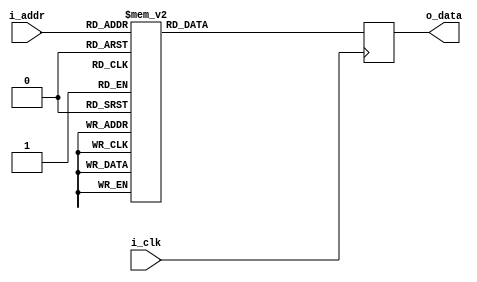
/*  
Copyright 2019 XCrypt Studio                
																	 
Licensed under the Apache License, Version 2.0 (the "License");         
you may not use this file except in compliance with the License.        
You may obtain a copy of the License at                                 
																	 
 http://www.apache.org/licenses/LICENSE-2.0                          
																	 
Unless required by applicable law or agreed to in writing, software    
distributed under the License is distributed on an "AS IS" BASIS,       
WITHOUT WARRANTIES OR CONDITIONS OF ANY KIND, either express or implied.
See the License for the specific language governing permissions and     
limitations under the License.                                          
*/  

// ------------------------------------------------------------------------------
// Function         :   Tiger Hash Algorithm SBox-B
// ------------------------------------------------------------------------------
// Version            v-1.0
// ------------------------------------------------------------------------------

module tiger_sbox_b(
	input			i_clk,
	input	[7:0]	i_addr,
	output  [63:0]	o_data
	);
	
	localparam 	DLY = 1;
	
	reg [63:0]	r_dout;
	
	always@(posedge i_clk) begin
		case(i_addr)
			8'h00 : r_dout <= #DLY 64'he6a6be5a05a12138;
			8'h01 : r_dout <= #DLY 64'hb5a122a5b4f87c98;
			8'h02 : r_dout <= #DLY 64'h563c6089140b6990;
			8'h03 : r_dout <= #DLY 64'h4c46cb2e391f5dd5;
			8'h04 : r_dout <= #DLY 64'hd932addbc9b79434;
			8'h05 : r_dout <= #DLY 64'h08ea70e42015aff5;
			8'h06 : r_dout <= #DLY 64'hd765a6673e478cf1;
			8'h07 : r_dout <= #DLY 64'hc4fb757eab278d99;
			8'h08 : r_dout <= #DLY 64'hdf11c6862d6e0692;
			8'h09 : r_dout <= #DLY 64'hddeb84f10d7f3b16;
			8'h0a : r_dout <= #DLY 64'h6f2ef604a665ea04;
			8'h0b : r_dout <= #DLY 64'h4a8e0f0ff0e0dfb3;
			8'h0c : r_dout <= #DLY 64'ha5edeef83dbcba51;
			8'h0d : r_dout <= #DLY 64'hfc4f0a2a0ea4371e;
			8'h0e : r_dout <= #DLY 64'he83e1da85cb38429;
			8'h0f : r_dout <= #DLY 64'hdc8ff882ba1b1ce2;
			8'h10 : r_dout <= #DLY 64'hcd45505e8353e80d;
			8'h11 : r_dout <= #DLY 64'h18d19a00d4db0717;
			8'h12 : r_dout <= #DLY 64'h34a0cfeda5f38101;
			8'h13 : r_dout <= #DLY 64'h0be77e518887caf2;
			8'h14 : r_dout <= #DLY 64'h1e341438b3c45136;
			8'h15 : r_dout <= #DLY 64'he05797f49089ccf9;
			8'h16 : r_dout <= #DLY 64'hffd23f9df2591d14;
			8'h17 : r_dout <= #DLY 64'h543dda228595c5cd;
			8'h18 : r_dout <= #DLY 64'h661f81fd99052a33;
			8'h19 : r_dout <= #DLY 64'h8736e641db0f7b76;
			8'h1a : r_dout <= #DLY 64'h15227725418e5307;
			8'h1b : r_dout <= #DLY 64'he25f7f46162eb2fa;
			8'h1c : r_dout <= #DLY 64'h48a8b2126c13d9fe;
			8'h1d : r_dout <= #DLY 64'hafdc541792e76eea;
			8'h1e : r_dout <= #DLY 64'h03d912bfc6d1898f;
			8'h1f : r_dout <= #DLY 64'h31b1aafa1b83f51b;
			8'h20 : r_dout <= #DLY 64'hf1ac2796e42ab7d9;
			8'h21 : r_dout <= #DLY 64'h40a3a7d7fcd2ebac;
			8'h22 : r_dout <= #DLY 64'h1056136d0afbbcc5;
			8'h23 : r_dout <= #DLY 64'h7889e1dd9a6d0c85;
			8'h24 : r_dout <= #DLY 64'hd33525782a7974aa;
			8'h25 : r_dout <= #DLY 64'ha7e25d09078ac09b;
			8'h26 : r_dout <= #DLY 64'hbd4138b3eac6edd0;
			8'h27 : r_dout <= #DLY 64'h920abfbe71eb9e70;
			8'h28 : r_dout <= #DLY 64'ha2a5d0f54fc2625c;
			8'h29 : r_dout <= #DLY 64'hc054e36b0b1290a3;
			8'h2a : r_dout <= #DLY 64'hf6dd59ff62fe932b;
			8'h2b : r_dout <= #DLY 64'h3537354511a8ac7d;
			8'h2c : r_dout <= #DLY 64'hca845e9172fadcd4;
			8'h2d : r_dout <= #DLY 64'h84f82b60329d20dc;
			8'h2e : r_dout <= #DLY 64'h79c62ce1cd672f18;
			8'h2f : r_dout <= #DLY 64'h8b09a2add124642c;
			8'h30 : r_dout <= #DLY 64'hd0c1e96a19d9e726;
			8'h31 : r_dout <= #DLY 64'h5a786a9b4ba9500c;
			8'h32 : r_dout <= #DLY 64'h0e020336634c43f3;
			8'h33 : r_dout <= #DLY 64'hc17b474aeb66d822;
			8'h34 : r_dout <= #DLY 64'h6a731ae3ec9baac2;
			8'h35 : r_dout <= #DLY 64'h8226667ae0840258;
			8'h36 : r_dout <= #DLY 64'h67d4567691caeca5;
			8'h37 : r_dout <= #DLY 64'h1d94155c4875adb5;
			8'h38 : r_dout <= #DLY 64'h6d00fd985b813fdf;
			8'h39 : r_dout <= #DLY 64'h51286efcb774cd06;
			8'h3a : r_dout <= #DLY 64'h5e8834471fa744af;
			8'h3b : r_dout <= #DLY 64'hf72ca0aee761ae2e;
			8'h3c : r_dout <= #DLY 64'hbe40e4cdaee8e09a;
			8'h3d : r_dout <= #DLY 64'he9970bbb5118f665;
			8'h3e : r_dout <= #DLY 64'h726e4beb33df1964;
			8'h3f : r_dout <= #DLY 64'h703b000729199762;
			8'h40 : r_dout <= #DLY 64'h4631d816f5ef30a7;
			8'h41 : r_dout <= #DLY 64'hb880b5b51504a6be;
			8'h42 : r_dout <= #DLY 64'h641793c37ed84b6c;
			8'h43 : r_dout <= #DLY 64'h7b21ed77f6e97d96;
			8'h44 : r_dout <= #DLY 64'h776306312ef96b73;
			8'h45 : r_dout <= #DLY 64'hae528948e86ff3f4;
			8'h46 : r_dout <= #DLY 64'h53dbd7f286a3f8f8;
			8'h47 : r_dout <= #DLY 64'h16cadce74cfc1063;
			8'h48 : r_dout <= #DLY 64'h005c19bdfa52c6dd;
			8'h49 : r_dout <= #DLY 64'h68868f5d64d46ad3;
			8'h4a : r_dout <= #DLY 64'h3a9d512ccf1e186a;
			8'h4b : r_dout <= #DLY 64'h367e62c2385660ae;
			8'h4c : r_dout <= #DLY 64'he359e7ea77dcb1d7;
			8'h4d : r_dout <= #DLY 64'h526c0773749abe6e;
			8'h4e : r_dout <= #DLY 64'h735ae5f9d09f734b;
			8'h4f : r_dout <= #DLY 64'h493fc7cc8a558ba8;
			8'h50 : r_dout <= #DLY 64'hb0b9c1533041ab45;
			8'h51 : r_dout <= #DLY 64'h321958ba470a59bd;
			8'h52 : r_dout <= #DLY 64'h852db00b5f46c393;
			8'h53 : r_dout <= #DLY 64'h91209b2bd336b0e5;
			8'h54 : r_dout <= #DLY 64'h6e604f7d659ef19f;
			8'h55 : r_dout <= #DLY 64'hb99a8ae2782ccb24;
			8'h56 : r_dout <= #DLY 64'hccf52ab6c814c4c7;
			8'h57 : r_dout <= #DLY 64'h4727d9afbe11727b;
			8'h58 : r_dout <= #DLY 64'h7e950d0c0121b34d;
			8'h59 : r_dout <= #DLY 64'h756f435670ad471f;
			8'h5a : r_dout <= #DLY 64'hf5add442615a6849;
			8'h5b : r_dout <= #DLY 64'h4e87e09980b9957a;
			8'h5c : r_dout <= #DLY 64'h2acfa1df50aee355;
			8'h5d : r_dout <= #DLY 64'hd898263afd2fd556;
			8'h5e : r_dout <= #DLY 64'hc8f4924dd80c8fd6;
			8'h5f : r_dout <= #DLY 64'hcf99ca3d754a173a;
			8'h60 : r_dout <= #DLY 64'hfe477bacaf91bf3c;
			8'h61 : r_dout <= #DLY 64'hed5371f6d690c12d;
			8'h62 : r_dout <= #DLY 64'h831a5c285e687094;
			8'h63 : r_dout <= #DLY 64'hc5d3c90a3708a0a4;
			8'h64 : r_dout <= #DLY 64'h0f7f903717d06580;
			8'h65 : r_dout <= #DLY 64'h19f9bb13b8fdf27f;
			8'h66 : r_dout <= #DLY 64'hb1bd6f1b4d502843;
			8'h67 : r_dout <= #DLY 64'h1c761ba38fff4012;
			8'h68 : r_dout <= #DLY 64'h0d1530c4e2e21f3b;
			8'h69 : r_dout <= #DLY 64'h8943ce69a7372c8a;
			8'h6a : r_dout <= #DLY 64'he5184e11feb5ce66;
			8'h6b : r_dout <= #DLY 64'h618bdb80bd736621;
			8'h6c : r_dout <= #DLY 64'h7d29bad68b574d0b;
			8'h6d : r_dout <= #DLY 64'h81bb613e25e6fe5b;
			8'h6e : r_dout <= #DLY 64'h071c9c10bc07913f;
			8'h6f : r_dout <= #DLY 64'hc7beeb7909ac2d97;
			8'h70 : r_dout <= #DLY 64'hc3e58d353bc5d757;
			8'h71 : r_dout <= #DLY 64'heb017892f38f61e8;
			8'h72 : r_dout <= #DLY 64'hd4effb9c9b1cc21a;
			8'h73 : r_dout <= #DLY 64'h99727d26f494f7ab;
			8'h74 : r_dout <= #DLY 64'ha3e063a2956b3e03;
			8'h75 : r_dout <= #DLY 64'h9d4a8b9a4aa09c30;
			8'h76 : r_dout <= #DLY 64'h3f6ab7d500090fb4;
			8'h77 : r_dout <= #DLY 64'h9cc0f2a057268ac0;
			8'h78 : r_dout <= #DLY 64'h3dee9d2dedbf42d1;
			8'h79 : r_dout <= #DLY 64'h330f49c87960a972;
			8'h7a : r_dout <= #DLY 64'hc6b2720287421b41;
			8'h7b : r_dout <= #DLY 64'h0ac59ec07c00369c;
			8'h7c : r_dout <= #DLY 64'hef4eac49cb353425;
			8'h7d : r_dout <= #DLY 64'hf450244eef0129d8;
			8'h7e : r_dout <= #DLY 64'h8acc46e5caf4deb6;
			8'h7f : r_dout <= #DLY 64'h2ffeab63989263f7;
			8'h80 : r_dout <= #DLY 64'h8f7cb9fe5d7a4578;
			8'h81 : r_dout <= #DLY 64'h5bd8f7644e634635;
			8'h82 : r_dout <= #DLY 64'h427a7315bf2dc900;
			8'h83 : r_dout <= #DLY 64'h17d0c4aa2125261c;
			8'h84 : r_dout <= #DLY 64'h3992486c93518e50;
			8'h85 : r_dout <= #DLY 64'hb4cbfee0a2d7d4c3;
			8'h86 : r_dout <= #DLY 64'h7c75d6202c5ddd8d;
			8'h87 : r_dout <= #DLY 64'hdbc295d8e35b6c61;
			8'h88 : r_dout <= #DLY 64'h60b369d302032b19;
			8'h89 : r_dout <= #DLY 64'hce42685fdce44132;
			8'h8a : r_dout <= #DLY 64'h06f3ddb9ddf65610;
			8'h8b : r_dout <= #DLY 64'h8ea4d21db5e148f0;
			8'h8c : r_dout <= #DLY 64'h20b0fce62fcd496f;
			8'h8d : r_dout <= #DLY 64'h2c1b912358b0ee31;
			8'h8e : r_dout <= #DLY 64'hb28317b818f5a308;
			8'h8f : r_dout <= #DLY 64'ha89c1e189ca6d2cf;
			8'h90 : r_dout <= #DLY 64'h0c6b18576aaadbc8;
			8'h91 : r_dout <= #DLY 64'hb65deaa91299fae3;
			8'h92 : r_dout <= #DLY 64'hfb2b794b7f1027e7;
			8'h93 : r_dout <= #DLY 64'h04e4317f443b5beb;
			8'h94 : r_dout <= #DLY 64'h4b852d325939d0a6;
			8'h95 : r_dout <= #DLY 64'hd5ae6beefb207ffc;
			8'h96 : r_dout <= #DLY 64'h309682b281c7d374;
			8'h97 : r_dout <= #DLY 64'hbae309a194c3b475;
			8'h98 : r_dout <= #DLY 64'h8cc3f97b13b49f05;
			8'h99 : r_dout <= #DLY 64'h98a9422ff8293967;
			8'h9a : r_dout <= #DLY 64'h244b16b01076ff7c;
			8'h9b : r_dout <= #DLY 64'hf8bf571c663d67ee;
			8'h9c : r_dout <= #DLY 64'h1f0d6758eee30da1;
			8'h9d : r_dout <= #DLY 64'hc9b611d97adeb9b7;
			8'h9e : r_dout <= #DLY 64'hb7afd5887b6c57a2;
			8'h9f : r_dout <= #DLY 64'h6290ae846b984fe1;
			8'ha0 : r_dout <= #DLY 64'h94df4cdeacc1a5fd;
			8'ha1 : r_dout <= #DLY 64'h058a5bd1c5483aff;
			8'ha2 : r_dout <= #DLY 64'h63166cc142ba3c37;
			8'ha3 : r_dout <= #DLY 64'h8db8526eb2f76f40;
			8'ha4 : r_dout <= #DLY 64'he10880036f0d6d4e;
			8'ha5 : r_dout <= #DLY 64'h9e0523c9971d311d;
			8'ha6 : r_dout <= #DLY 64'h45ec2824cc7cd691;
			8'ha7 : r_dout <= #DLY 64'h575b8359e62382c9;
			8'ha8 : r_dout <= #DLY 64'hfa9e400dc4889995;
			8'ha9 : r_dout <= #DLY 64'hd1823ecb45721568;
			8'haa : r_dout <= #DLY 64'hdafd983b8206082f;
			8'hab : r_dout <= #DLY 64'haa7d29082386a8cb;
			8'hac : r_dout <= #DLY 64'h269fcd4403b87588;
			8'had : r_dout <= #DLY 64'h1b91f5f728bdd1e0;
			8'hae : r_dout <= #DLY 64'he4669f39040201f6;
			8'haf : r_dout <= #DLY 64'h7a1d7c218cf04ade;
			8'hb0 : r_dout <= #DLY 64'h65623c29d79ce5ce;
			8'hb1 : r_dout <= #DLY 64'h2368449096c00bb1;
			8'hb2 : r_dout <= #DLY 64'hab9bf1879da503ba;
			8'hb3 : r_dout <= #DLY 64'hbc23ecb1a458058e;
			8'hb4 : r_dout <= #DLY 64'h9a58df01bb401ecc;
			8'hb5 : r_dout <= #DLY 64'ha070e868a85f143d;
			8'hb6 : r_dout <= #DLY 64'h4ff188307df2239e;
			8'hb7 : r_dout <= #DLY 64'h14d565b41a641183;
			8'hb8 : r_dout <= #DLY 64'hee13337452701602;
			8'hb9 : r_dout <= #DLY 64'h950e3dcf3f285e09;
			8'hba : r_dout <= #DLY 64'h59930254b9c80953;
			8'hbb : r_dout <= #DLY 64'h3bf299408930da6d;
			8'hbc : r_dout <= #DLY 64'ha955943f53691387;
			8'hbd : r_dout <= #DLY 64'ha15edecaa9cb8784;
			8'hbe : r_dout <= #DLY 64'h29142127352be9a0;
			8'hbf : r_dout <= #DLY 64'h76f0371fff4e7afb;
			8'hc0 : r_dout <= #DLY 64'h0239f450274f2228;
			8'hc1 : r_dout <= #DLY 64'hbb073af01d5e868b;
			8'hc2 : r_dout <= #DLY 64'hbfc80571c10e96c1;
			8'hc3 : r_dout <= #DLY 64'hd267088568222e23;
			8'hc4 : r_dout <= #DLY 64'h9671a3d48e80b5b0;
			8'hc5 : r_dout <= #DLY 64'h55b5d38ae193bb81;
			8'hc6 : r_dout <= #DLY 64'h693ae2d0a18b04b8;
			8'hc7 : r_dout <= #DLY 64'h5c48b4ecadd5335f;
			8'hc8 : r_dout <= #DLY 64'hfd743b194916a1ca;
			8'hc9 : r_dout <= #DLY 64'h2577018134be98c4;
			8'hca : r_dout <= #DLY 64'he77987e83c54a4ad;
			8'hcb : r_dout <= #DLY 64'h28e11014da33e1b9;
			8'hcc : r_dout <= #DLY 64'h270cc59e226aa213;
			8'hcd : r_dout <= #DLY 64'h71495f756d1a5f60;
			8'hce : r_dout <= #DLY 64'h9be853fb60afef77;
			8'hcf : r_dout <= #DLY 64'hadc786a7f7443dbf;
			8'hd0 : r_dout <= #DLY 64'h0904456173b29a82;
			8'hd1 : r_dout <= #DLY 64'h58bc7a66c232bd5e;
			8'hd2 : r_dout <= #DLY 64'hf306558c673ac8b2;
			8'hd3 : r_dout <= #DLY 64'h41f639c6b6c9772a;
			8'hd4 : r_dout <= #DLY 64'h216defe99fda35da;
			8'hd5 : r_dout <= #DLY 64'h11640cc71c7be615;
			8'hd6 : r_dout <= #DLY 64'h93c43694565c5527;
			8'hd7 : r_dout <= #DLY 64'hea038e6246777839;
			8'hd8 : r_dout <= #DLY 64'hf9abf3ce5a3e2469;
			8'hd9 : r_dout <= #DLY 64'h741e768d0fd312d2;
			8'hda : r_dout <= #DLY 64'h0144b883ced652c6;
			8'hdb : r_dout <= #DLY 64'hc20b5a5ba33f8552;
			8'hdc : r_dout <= #DLY 64'h1ae69633c3435a9d;
			8'hdd : r_dout <= #DLY 64'h97a28ca4088cfdec;
			8'hde : r_dout <= #DLY 64'h8824a43c1e96f420;
			8'hdf : r_dout <= #DLY 64'h37612fa66eeea746;
			8'he0 : r_dout <= #DLY 64'h6b4cb165f9cf0e5a;
			8'he1 : r_dout <= #DLY 64'h43aa1c06a0abfb4a;
			8'he2 : r_dout <= #DLY 64'h7f4dc26ff162796b;
			8'he3 : r_dout <= #DLY 64'h6cbacc8e54ed9b0f;
			8'he4 : r_dout <= #DLY 64'ha6b7ffefd2bb253e;
			8'he5 : r_dout <= #DLY 64'h2e25bc95b0a29d4f;
			8'he6 : r_dout <= #DLY 64'h86d6a58bdef1388c;
			8'he7 : r_dout <= #DLY 64'hded74ac576b6f054;
			8'he8 : r_dout <= #DLY 64'h8030bdbc2b45805d;
			8'he9 : r_dout <= #DLY 64'h3c81af70e94d9289;
			8'hea : r_dout <= #DLY 64'h3eff6dda9e3100db;
			8'heb : r_dout <= #DLY 64'hb38dc39fdfcc8847;
			8'hec : r_dout <= #DLY 64'h123885528d17b87e;
			8'hed : r_dout <= #DLY 64'hf2da0ed240b1b642;
			8'hee : r_dout <= #DLY 64'h44cefadcd54bf9a9;
			8'hef : r_dout <= #DLY 64'h1312200e433c7ee6;
			8'hf0 : r_dout <= #DLY 64'h9ffcc84f3a78c748;
			8'hf1 : r_dout <= #DLY 64'hf0cd1f72248576bb;
			8'hf2 : r_dout <= #DLY 64'hec6974053638cfe4;
			8'hf3 : r_dout <= #DLY 64'h2ba7b67c0cec4e4c;
			8'hf4 : r_dout <= #DLY 64'hac2f4df3e5ce32ed;
			8'hf5 : r_dout <= #DLY 64'hcb33d14326ea4c11;
			8'hf6 : r_dout <= #DLY 64'ha4e9044cc77e58bc;
			8'hf7 : r_dout <= #DLY 64'h5f513293d934fcef;
			8'hf8 : r_dout <= #DLY 64'h5dc9645506e55444;
			8'hf9 : r_dout <= #DLY 64'h50de418f317de40a;
			8'hfa : r_dout <= #DLY 64'h388cb31a69dde259;
			8'hfb : r_dout <= #DLY 64'h2db4a83455820a86;
			8'hfc : r_dout <= #DLY 64'h9010a91e84711ae9;
			8'hfd : r_dout <= #DLY 64'h4df7f0b7b1498371;
			8'hfe : r_dout <= #DLY 64'hd62a2eabc0977179;
			8'hff : r_dout <= #DLY 64'h22fac097aa8d5c0e;
		endcase
	end
	
	assign o_data = r_dout;

endmodule